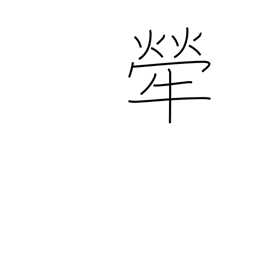
Meaning: brindled cow